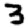
Digit: 3